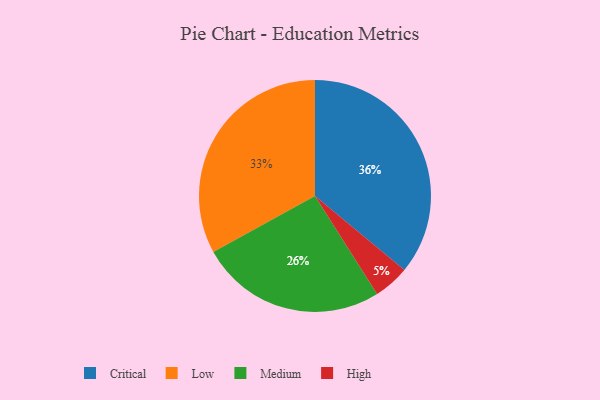
{"axis": {"x": "Category", "y": "Percentage"}, "legend": ["Critical", "High", "Low", "Medium"], "data": [{"x": "Medium", "y": 26, "type": "Medium"}, {"x": "High", "y": 5, "type": "High"}, {"x": "Low", "y": 33, "type": "Low"}, {"x": "Critical", "y": 36, "type": "Critical"}]}